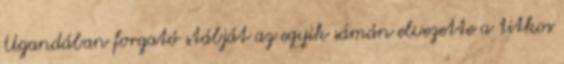
Ugandában forgató stábját az egyik sámán elvezette a titkos